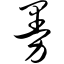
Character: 曼